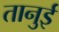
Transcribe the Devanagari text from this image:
तानुई